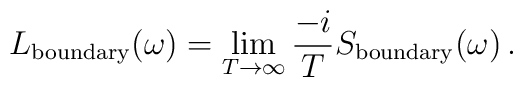
L_{{\rm boundary}}(\omega) = \lim_{T\to\infty} \frac{-i}{T}S_{{\rm boundary}}(\omega) \,.